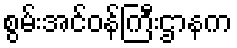
စွမ်းအင်ဝန်ကြီးဌာနက